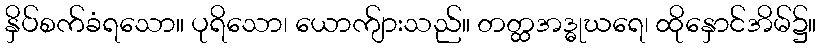
နှိပ်စက်ခံရသော။ ပုရိသော၊ ယောက်ျားသည်။ တတ္ထအဒ္ဓုဃရေ၊ ထိုနှောင်အိမ်၌။